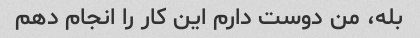
بله، من دوست دارم این کار را انجام دهم